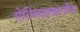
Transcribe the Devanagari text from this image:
ऐंटिसाइक्लोन